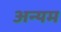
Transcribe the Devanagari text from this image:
अन्यम